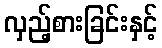
လှည့်စားခြင်းနှင့်